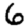
Digit: 6